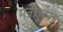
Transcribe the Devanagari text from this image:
मन्रोतुरुत्तु